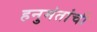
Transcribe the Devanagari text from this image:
हनुमंतांची